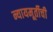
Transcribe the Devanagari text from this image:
न्यायमूर्तीची